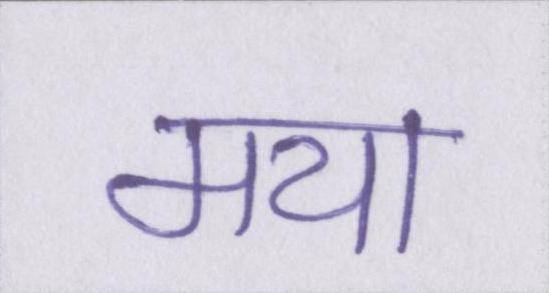
मया